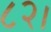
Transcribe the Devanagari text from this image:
८२।